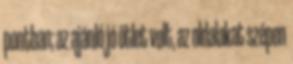
pontban; az ajánló jó ötlet volt, az oldalakat szépen